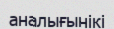
аналығынікі